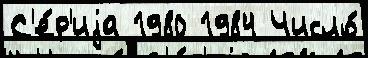
С'е́р'иjа 1980 1984 Число́